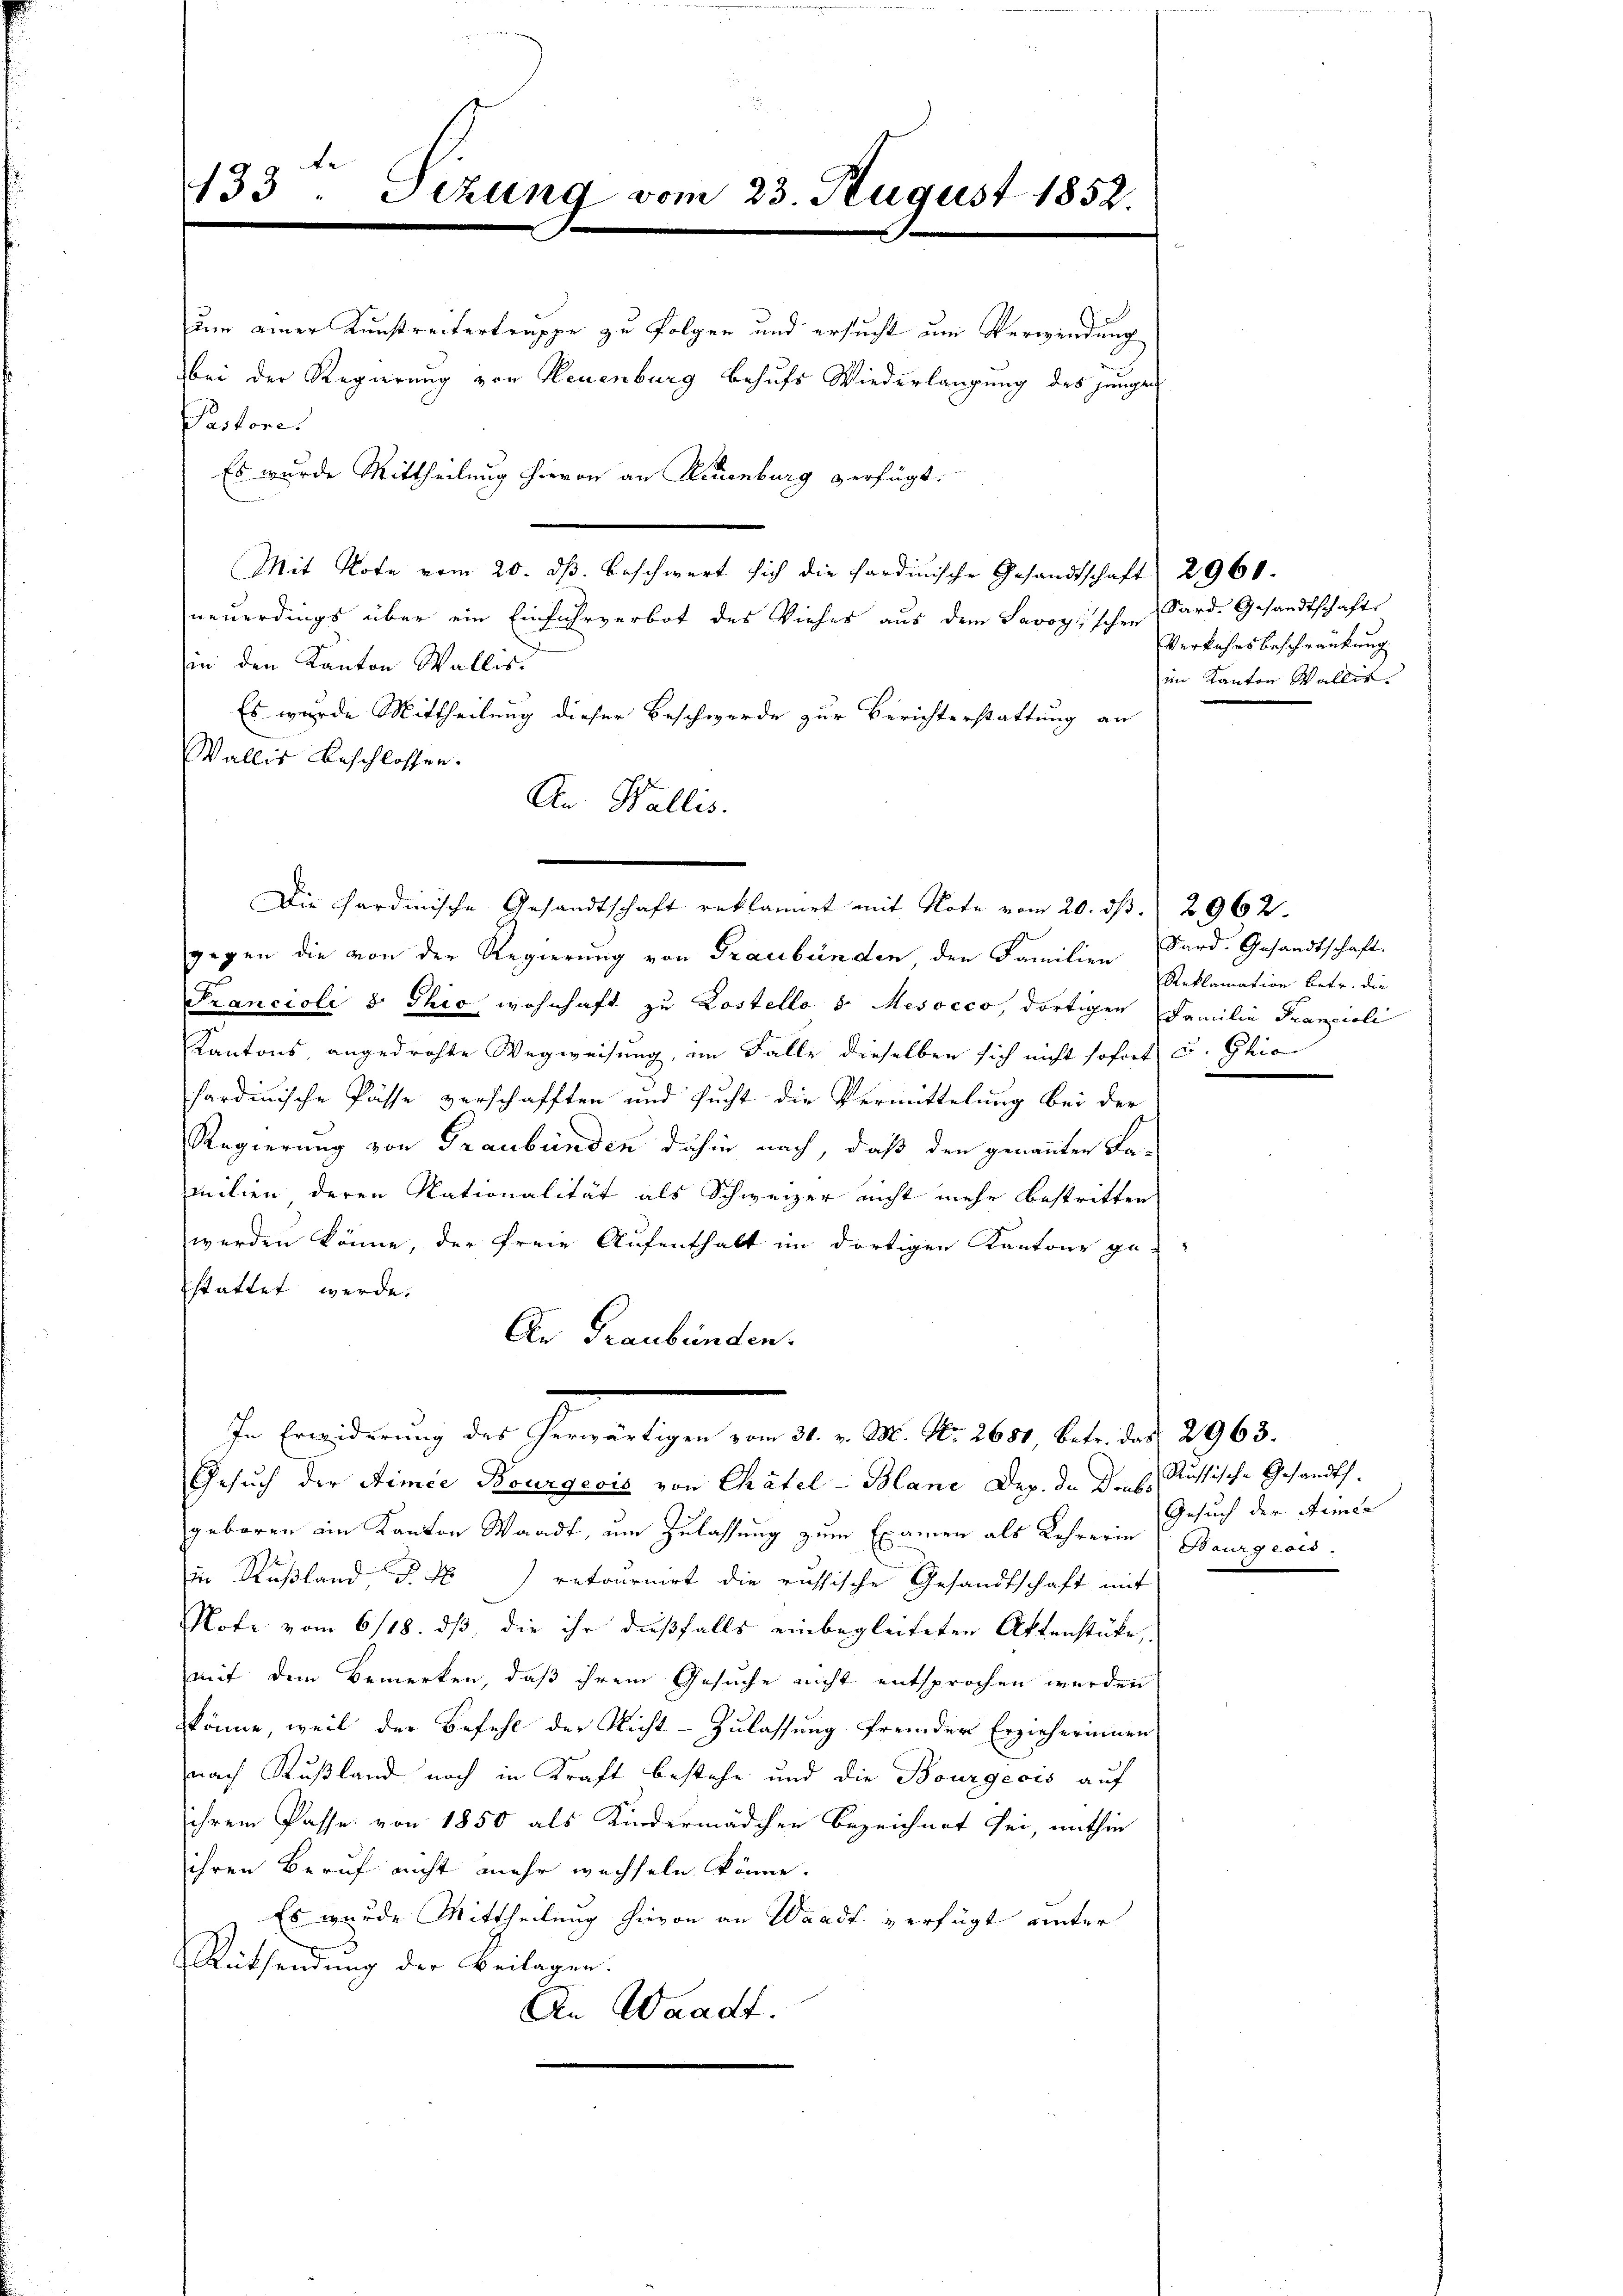
133. Sizung vom 23. August 1852.

um einer Kunstreitertruppe zu folger und ersucht um Verwendung
Mit Note vom 20. ds. beschwert sich die Sardinische Gesandtschaft 2960.
neuerdings über ein Einfuhrverbot des Viehes aus dem Lavoyischen Sard. Gesandtschafts
n
in den Kanton Wallis.
Es wurde Mittheilung dieser Beschwerde zur Berichterstattung an
Wallis beschlossen.
An Wallis.
gegen die von der Regierung von Graubünden, den Familien Sard. Gesandtschaft.
Francioli d. Thio wohnhaft zu Kostello 1 Mesocco, dortigen Familie Prangioli
Kantons, angedrohte Wegweisung, im Falle dieselben sich nicht sofort u. Ghion
sardinische Pässe verschafften und sucht die Vermittelung bei der
Regierung von Graubünden dahin nach, daß den genannten Lamilien deren Nationalität als Schweizer nicht mehr bestritten
werden könne, der freie Aufenthalt im dortigen Kantons ge-
stattet werde.
An Graubünden.
In Erwiderung des Gewertigen von 31. v. M. Nr. 260, betr. das 2965.
Gesuch der Stimie Bourgecis von Chätel-Blanc Dez. In Dieb. Russische Gesandtsgeboren im Kanton Waadt, um Zulassung zum Examen als Lehrerin (Bourgeois.
in Rußland d. M. retournirt die russische Gesandtschaft mit
Note vom 6/18. ds, die ihr dießfalls einbegleiteten Aktenstücke,
mit dem Bemerken, daß ihrem Gesuche nicht entsprochen werden
könne, weil der Befehl der Nicht - Zulassung fremder Erzieherinnen
nach Rußland noch in Kraft bestehe und die Bourgeois auf
ihrem Pässe von 1850 als Kindermädchen bezeichnet sei, mithin
ihren Beruf nicht mehr wechseln könne.
Es wurde Mittheilung hievon an Waadt verfügt unter
Rüthendung der Beilagen.
An Waadt.

bei der Regierung von Neuenburg behufs Wiederlangung des jungen
Pastore.
Es wurde Mittheilung hievon an Neuenburg verfügt:

Die hardinische Gesandtschaft reklamirt mit Note vom 20. ds. 2962.

Verkehrsbeschränkung
im Kanton Wallit.

Reklamation betr. die

Gesuch der Armen